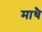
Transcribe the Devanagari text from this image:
माथै